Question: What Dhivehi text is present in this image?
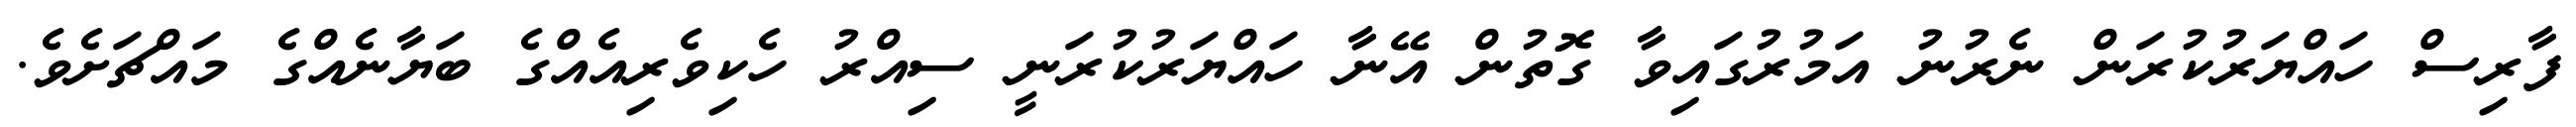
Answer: ފާރިސް ހައްޔަރުކުރަން ނެރުނު އަމުރުގައިވާ ގޮތުން އޭނާ ހައްޔަރުކުރަނީ ސިއްރު ހެކިވެރިއެއްގެ ބަޔާނެއްގެ މައްޗަށެވެ.